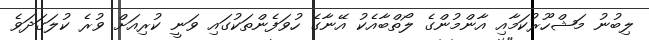
ލިބުނު މަޝްހޫރުކަމާއި އާންމުންގެ ލޯތްބާއެކު އޭނާގެ ހުވަފެންތަކުގައި ވަނީ ކުރިއަށް ވުރެ ކުލަގަދަވެ